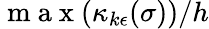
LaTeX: \mathrm{~m~a~x~}(\kappa_{k\epsilon}(\sigma))/h